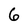
Character: 6